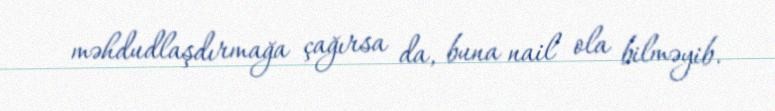
məhdudlaşdırmağa çağırsa da, buna nail ola bilməyib.